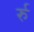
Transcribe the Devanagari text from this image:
र्रु